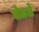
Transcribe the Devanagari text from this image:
घोळले